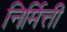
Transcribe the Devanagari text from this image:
निर्मित्ती